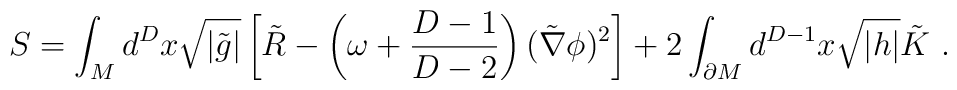
S = \int_M d^Dx \sqrt{|\tilde{g}|} \left[ \tilde{R} - \left( \omega + {D-1 \over D-2} \right) (\tilde\nabla\phi)^2\right]+ 2 \int_{\partial M} d^{D-1}x \sqrt{|h|} \tilde{K} \ .